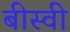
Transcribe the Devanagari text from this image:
बीस्वी